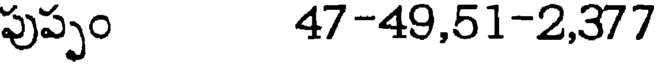
పుప్పం 47-49,51-2,377